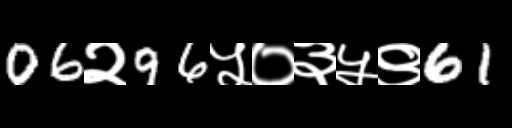
Text: 06२96५०३५९61